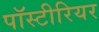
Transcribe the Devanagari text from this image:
पॉस्टीरियर